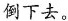
倒下去。